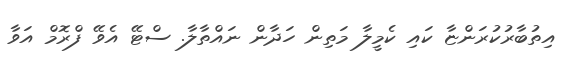
އިތުބާރުކުރަންޏާ ކައި ކެމީލާ މަތިން ހަދާން ނައްތާލާ. ސްޓޭ އެވޭ ފްރޮމް އަވާ